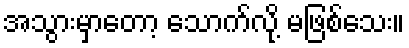
အသွားမှာတော့ သောက်လို့ မဖြစ်သေး။